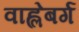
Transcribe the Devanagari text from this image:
वाह्लेबर्ग